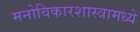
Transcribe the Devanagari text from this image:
मनोविकारशास्त्रामध्ये